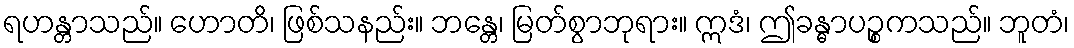
ရဟန္တာသည်။ ဟောတိ၊ ဖြစ်သနည်း။ ဘန္တေ၊ မြတ်စွာဘုရား။ ဣဒံ၊ ဤခန္ဓာပဉ္စကသည်။ ဘူတံ၊